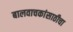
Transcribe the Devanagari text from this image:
बालवाचकांसाठीचा